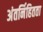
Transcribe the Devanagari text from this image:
अंतर्निहितता